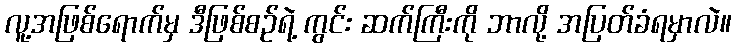
လူ့အဖြစ်ရောက်မှ ဒီဖြစ်စဉ်ရဲ့ ကွင်း ဆက်ကြီးကို ဘာလို့ အပြတ်ခံရမှာလဲ။